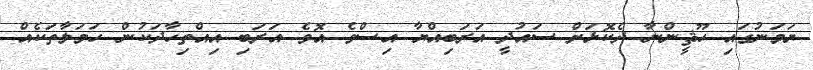
ޔަމަނުގައި ހޫޘީންނާ ދެކޮޅަށް ސައުދީ އަރަބިއްޔާ އިސްވެ އޮވެ އަރަބި އިއްތިހާދަކުން ހަމަލާތަކެއް